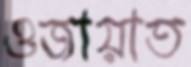
ওজায়াত